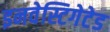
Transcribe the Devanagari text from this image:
इनवेस्टिगेटेड